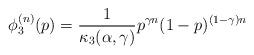
LaTeX: \begin{align*}\phi_3^{(n)}(p) = \frac{1}{\kappa_3(\alpha,\gamma)} p^{\gamma n} (1-p)^{(1-\gamma)n}\end{align*}